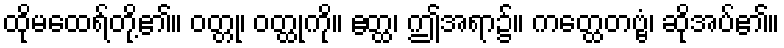
ထိုမထေရ်တို့၏။ ဝတ္တု၊ ဝတ္ထုကို။ ဧတ္ထ၊ ဤအရာ၌။ ကတ္ထေတဗ္ဗံ၊ ဆိုအပ်၏။